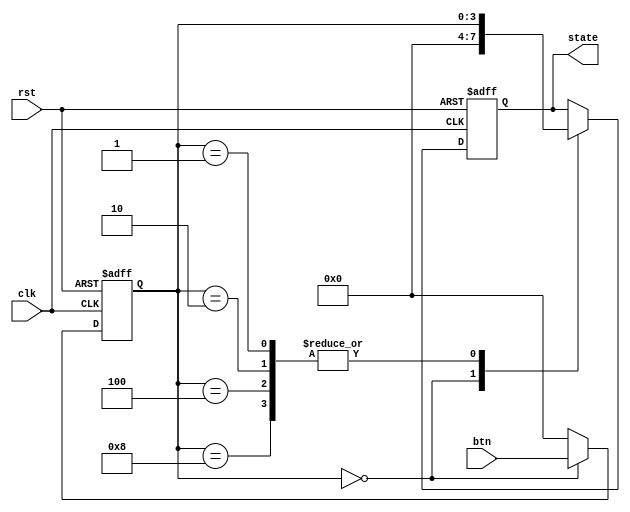
`timescale 1ns / 1ps
//////////////////////////////////////////////////////////////////////////////////
// Company: 
// Engineer: 
// 
// Design Name: 
// Module Name: push_detect
// Project Name: 
// Target Devices: 
// Tool Versions: 
// Description: 
// 
// Dependencies: 
// 
// Revision:
// Revision 0.01 - File Created
// Additional Comments:
// 
//////////////////////////////////////////////////////////////////////////////////


module push_detect (
    input clk,
    input rst,
    input [3:0] btn,
    output reg [3:0] state
);
  parameter over = 8'hff;
  reg [3:0] pos;
  always @(posedge clk or posedge rst) begin
    if (rst) begin
      state <= 4'd0;
      pos   <= 4'd0;
    end else
      case (pos)
        4'd0: begin 
          state <= 4'd0;
          pos   <= btn;
        end
        4'd1, 4'd2, 4'd4, 4'd8: begin
          state <= pos;
          pos   <= 4'd0;
        end
        default: pos <= 4'd0;
      endcase
  end
endmodule